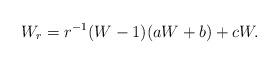
LaTeX: \begin{align*}W_r = r^{-1} (W - 1)(a W + b) + c W.\end{align*}